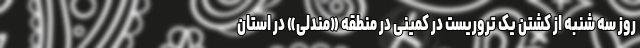
روز سه شنبه از کشتن یک تروریست در کمینی در منطقه «مندلی» در استان